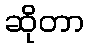
ဆိုတာ